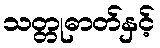
သတ္တုဓာတ်နှင့်